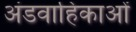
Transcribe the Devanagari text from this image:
अंडवाहिकाओं